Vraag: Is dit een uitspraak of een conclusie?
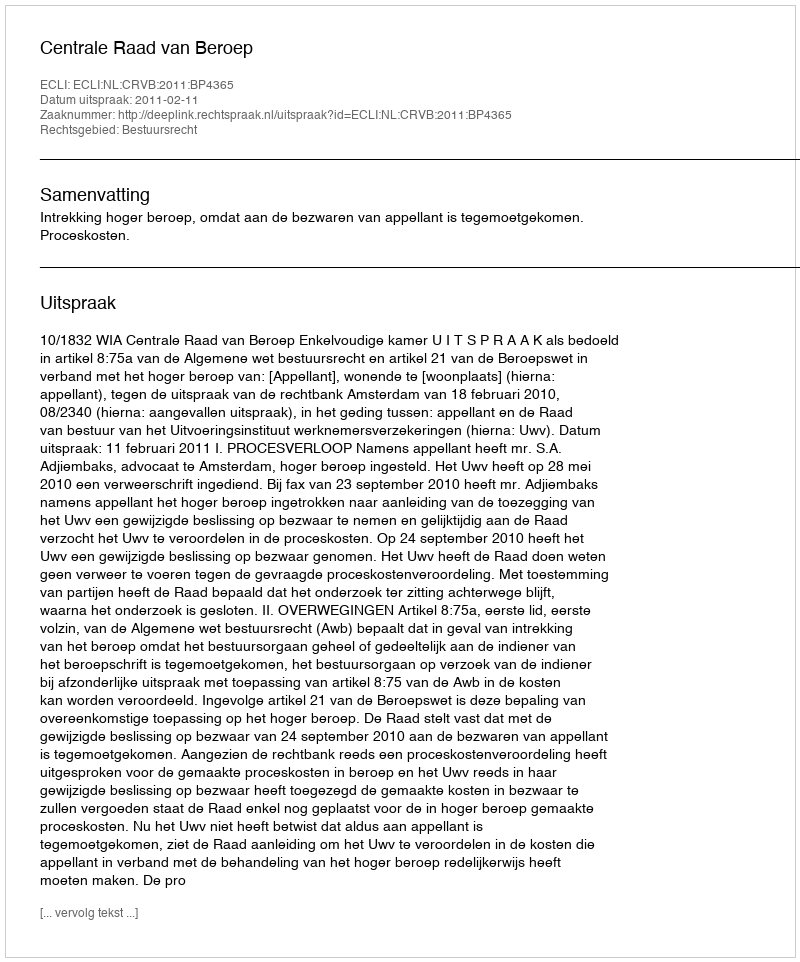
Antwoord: Uitspraak